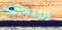
ستحبه